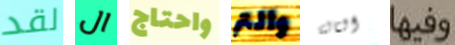
لقد ال واحتاج والتر الثالثة وفيها